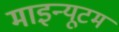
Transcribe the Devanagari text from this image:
माइन्यूटम